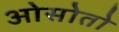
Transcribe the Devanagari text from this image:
ओसोतो